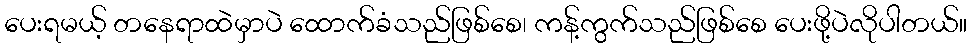
ပေးရမယ့် တနေရာထဲမှာပဲ ထောက်ခံသည်ဖြစ်စေ၊ ကန့်ကွက်သည်ဖြစ်စေ ပေးဖို့ပဲလိုပါတယ်။